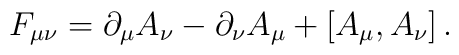
F_{\mu\nu} = \partial_{\mu} A_{\nu} - \partial_{\nu} A_{\mu}+ [A_{\mu}, A_{\nu}]\,.